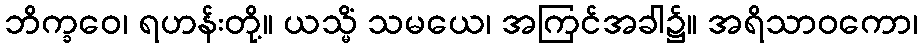
ဘိက္ခဝေ၊ ရဟန်းတို့။ ယသ္မိံ သမယေ၊ အကြင်အခါ၌။ အရိသာဝကော၊